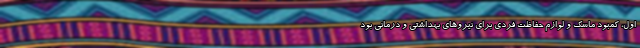
اول، کمبود ماسک و لوازم حفاظت فردی برای نیروهای بهداشتی و درمانی بود